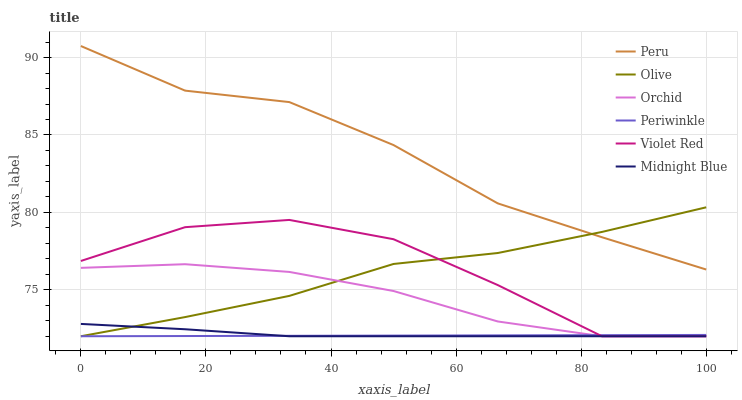
| xaxis_label | Peru | Olive | Orchid | Periwinkle | Violet Red | Midnight Blue |
 | --- | --- | --- | --- | --- | --- | --- |
 | 0 | 90.7 | 72 | 76.4 | 72 | 76.9 | 72.8 |
 | 16.7 | 87.9 | 73.2 | 76.7 | 72 | 79 | 72.5 |
 | 33.3 | 87.1 | 74.6 | 76.2 | 72 | 79.5 | 72 |
 | 50 | 84.4 | 76.7 | 74.9 | 72 | 78.3 | 72 |
 | 66.7 | 80.6 | 77.4 | 73 | 72.1 | 75.3 | 72 |
 | 83.3 | 78.4 | 78.7 | 72 | 72.1 | 72 | 72 |
 | 100 | 76.3 | 80.3 | 72 | 72.1 | 72 | 72 |